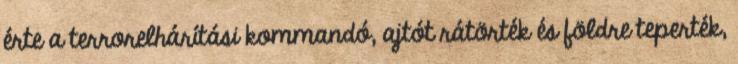
érte a terrorelhárítási kommandó, ajtót rátörték és földre teperték,